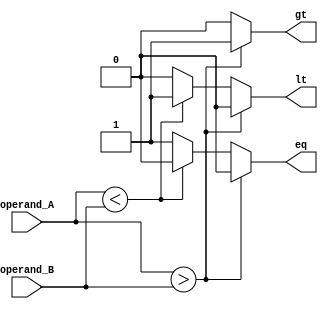
module unsigned_comparator(
    input [31:0] operand_A,
    input [31:0] operand_B,
    output reg gt,
    output reg lt,
    output reg eq
);

always @ (operand_A or operand_B)
begin
    if (operand_A > operand_B)
    begin
        gt = 1;
        lt = 0;
        eq = 0;
    end
    else if (operand_A < operand_B)
    begin
        gt = 0;
        lt = 1;
        eq = 0;
    end
    else
    begin
        gt = 0;
        lt = 0;
        eq = 1;
    end
end

endmodule